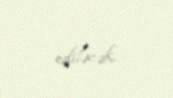
ediləcək.